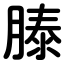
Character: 𬛍